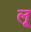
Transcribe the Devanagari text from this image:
लृ्